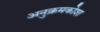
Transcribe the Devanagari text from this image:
अनुक्रमकोश